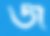
জ